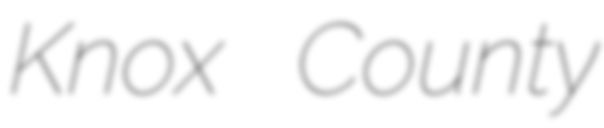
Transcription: Knox County